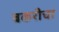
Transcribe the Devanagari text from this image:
बकरीचा